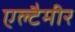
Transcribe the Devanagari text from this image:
एल्टैमीर